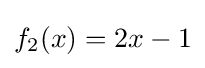
f_{2}(x)=2x-1